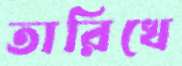
তারিখে